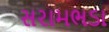
સરામભડા